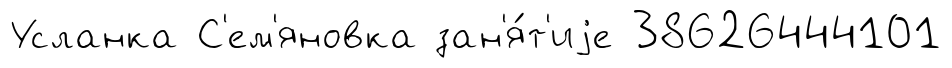
Усланка С'ем'яновка зан'я́т'иjе 38626444101